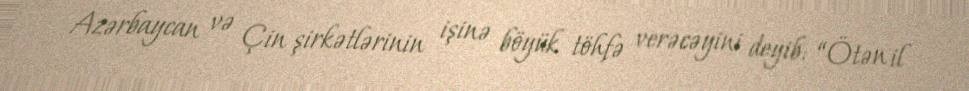
Azərbaycan və Çin şirkətlərinin işinə böyük töhfə verəcəyini deyib: “Ötən il